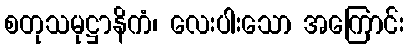
စတုသမုဋ္ဌာနိကံ၊ လေးပါးသော အကြောင်း